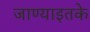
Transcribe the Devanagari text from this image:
जाण्याइतके